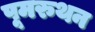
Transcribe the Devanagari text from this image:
पूमरुथन